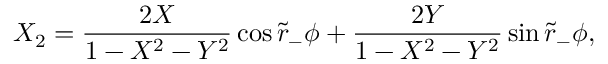
X _ { 2 } = { \frac { 2 X } { 1 - X ^ { 2 } - Y ^ { 2 } } } \cos \tilde { r } _ { - } \phi + { \frac { 2 Y } { 1 - X ^ { 2 } - Y ^ { 2 } } } \sin \tilde { r } _ { - } \phi ,